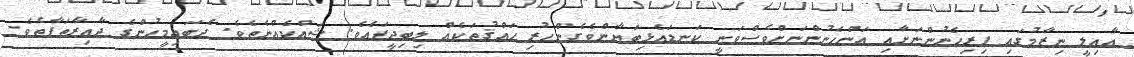
އާއިލީ ނިޒާމުގައި ފިރިހެނުންނަށާއި އަންހެނުންނަށްވެސްވަނީ ކަނޑައެޅިބަޔާންވެގެންހުރި ޙައްޤުތަކެއް ލިބިދީފައެވެ. ޝައްކެއްނެތެވެ. ދެބައިމީހުންގެ ދާއިރާތަފާތެވެ.